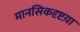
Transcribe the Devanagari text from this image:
मानसिकदृष्टय़ा